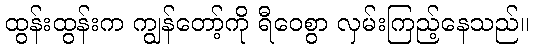
ထွန်းထွန်းက ကျွန်တော့်ကို ရီဝေစွာ လှမ်းကြည့်နေသည်။